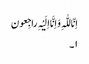
اِنّا للّٰہِ وَ اِنَّا اِلَیْہِ راجِعون
١۔